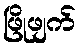
ဖြိုဖျက်